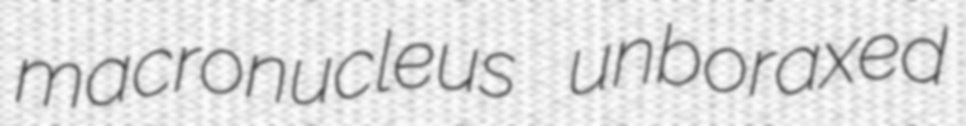
macronucleus unboraxed